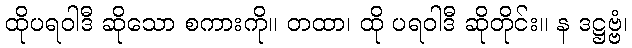
ထိုပရဝါဒီ ဆိုသော စကားကို။ တထာ၊ ထို ပရဝါဒီ ဆိုတိုင်း။ န ဒဋ္ဌဗ္ဗံ၊